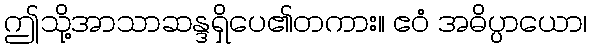
ဤသို့အာသာဆန္ဒရှိပေ၏တကား။ ဧဝံ အဓိပ္ပာယော၊